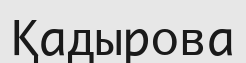
Қадырова